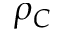
\rho _ { C }